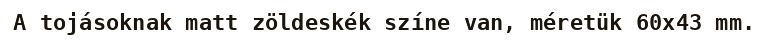
A tojásoknak matt zöldeskék színe van, méretük 60x43 mm.